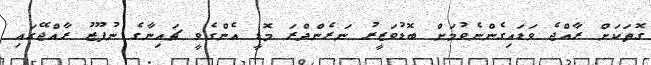
ގޮތަކަށް ރާއްޖެ ވަޑައިގެންނެވުމަށް ބޮޑުވަޒީރު ނަރެންދްރަ މޮޑީ އެންގެވީ ޗައިނާގެ ނުފޫޒު ރާއްޖޭގައި